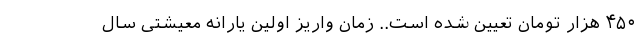
۴۵۰ هزار تومان تعیین شده است.. زمان واریز اولین یارانه معیشتی سال